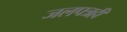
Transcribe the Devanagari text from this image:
जलपत्रही